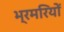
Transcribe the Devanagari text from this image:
भ्रमरियों